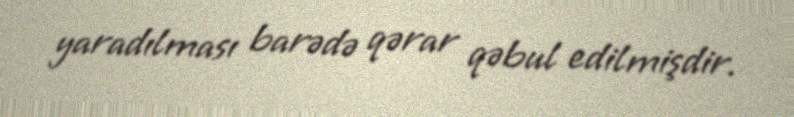
yaradılması barədə qərar qəbul edilmişdir.